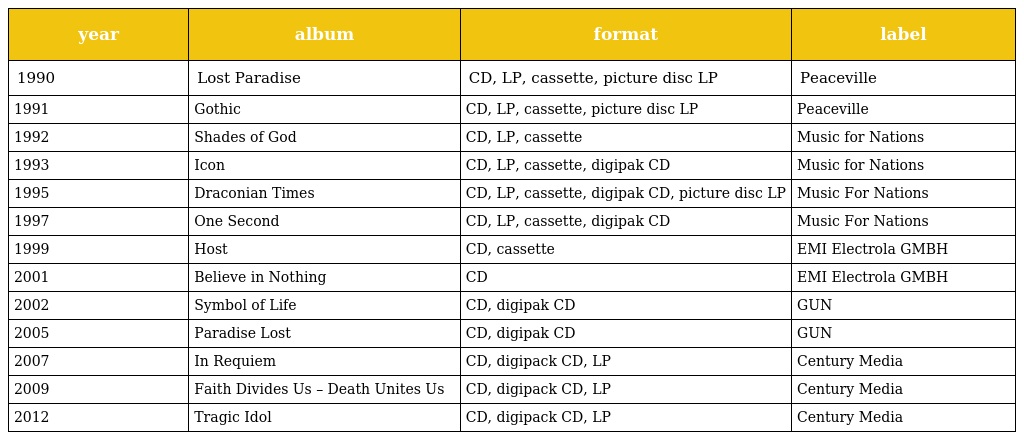
| year | album | format | label |
 | --- | --- | --- | --- |
 | 1990 | Lost Paradise | CD, LP, cassette, picture disc LP | Peaceville |
 | 1991 | Gothic | CD, LP, cassette, picture disc LP | Peaceville |
 | 1992 | Shades of God | CD, LP, cassette | Music for Nations |
 | 1993 | Icon | CD, LP, cassette, digipak CD | Music for Nations |
 | 1995 | Draconian Times | CD, LP, cassette, digipak CD, picture disc LP | Music For Nations |
 | 1997 | One Second | CD, LP, cassette, digipak CD | Music For Nations |
 | 1999 | Host | CD, cassette | EMI Electrola GMBH |
 | 2001 | Believe in Nothing | CD | EMI Electrola GMBH |
 | 2002 | Symbol of Life | CD, digipak CD | GUN |
 | 2005 | Paradise Lost | CD, digipak CD | GUN |
 | 2007 | In Requiem | CD, digipack CD, LP | Century Media |
 | 2009 | Faith Divides Us – Death Unites Us | CD, digipack CD, LP | Century Media |
 | 2012 | Tragic Idol | CD, digipack CD, LP | Century Media |